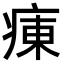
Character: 𤷆